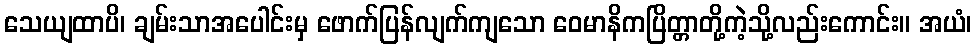
သေယျထာပိ၊ ချမ်းသာအပေါင်းမှ ဖောက်ပြန်လျက်ကျသော ဝေမာနိကပြိတ္တာတို့ကဲ့သို့လည်းကောင်း။ အယံ၊